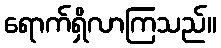
ရောက်ရှိလာကြသည်။